Senior Leaving Certificate Examination (including Day School Certificate (Higher) General paper), 1949
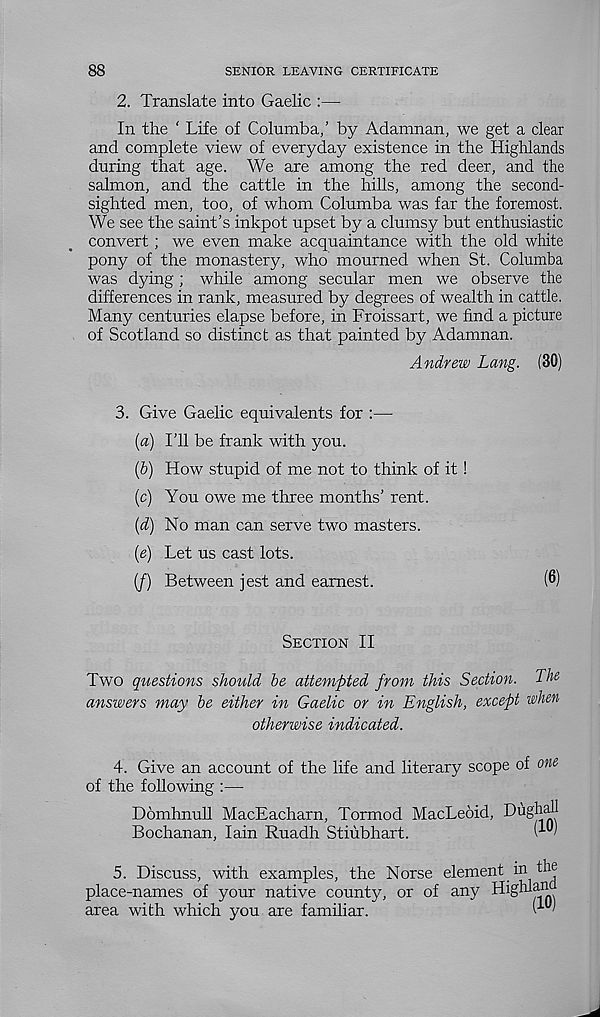
88
SENIOR LEAVING CERTIFICATE
2. Translate into Gaelic :—
In the ‘ Life of Columba,' by Adamnan, we get a clear
and complete view of everyday existence in the Highlands
during that age. We are among the red deer, and the
salmon, and the cattle in the hills, among the second-
sighted men, too, of whom Columba was far the foremost.
We see the saint’s inkpot upset by a clumsy but enthusiastic
convert; we even make acquaintance with the old white
pony of the monastery, who mourned when St. Columba
was dying; while among secular men we observe the
differences in rank, measured by degrees of wealth in cattle.
Many centuries elapse before, in Froissart, we find a picture
of Scotland so distinct as that painted by Adamnan.
Andrew Lang. (30)
3. Give Gaelic equivalents for :—
{a) I’ll be frank with you.
(5) How stupid of me not to think of it !
(c) You owe me three months’ rent.
(d) No man can serve two masters.
(e) Let us cast lots.
(/) Between jest and earnest.
(6)
Section II
Two questions should be attempted from this Section. The
answers may be either in Gaelic or in English, except when
otherwise indicated.
4. Give an account of the life and literary scope of one
of the following :—
Domhnull MacEacharn, Tormod MacLeoid, Dughall
Bochanan, Iain Ruadh Stiubhart.
( '
5. Discuss, with examples, the Norse element in the
place-names of your native county, or of any Highlan
area with which you are familiar.
^ '